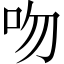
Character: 吻